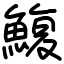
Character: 鰒